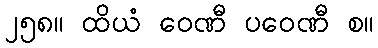
၂၅၈။ ထိယံ ဝေဏီ ပဝေဏီ စ။